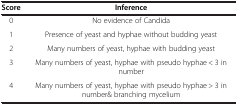
| Score | Inference |
 | --- | --- |
 | 0 | No evidence of Candida |
 | 1 | Presence of yeast and hyphae without budding yeast |
 | 2 | Many numbers of yeast, hyphae with budding yeast |
 | 3 | Many numbers of yeast, hyphae with pseudo hyphae < 3 in number |
 | 4 | Many numbers of yeast, hyphae with pseudo hyphae > 3 in number& branching mycelium |